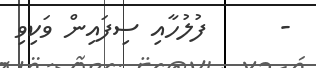
-      ފުލުހާއި ސިފައިން ވަކިވި